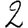
Digit: 2